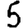
Digit: 5